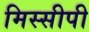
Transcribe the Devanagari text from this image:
मिस्सीपी